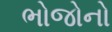
ભોજોનો